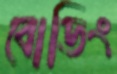
বোডিং